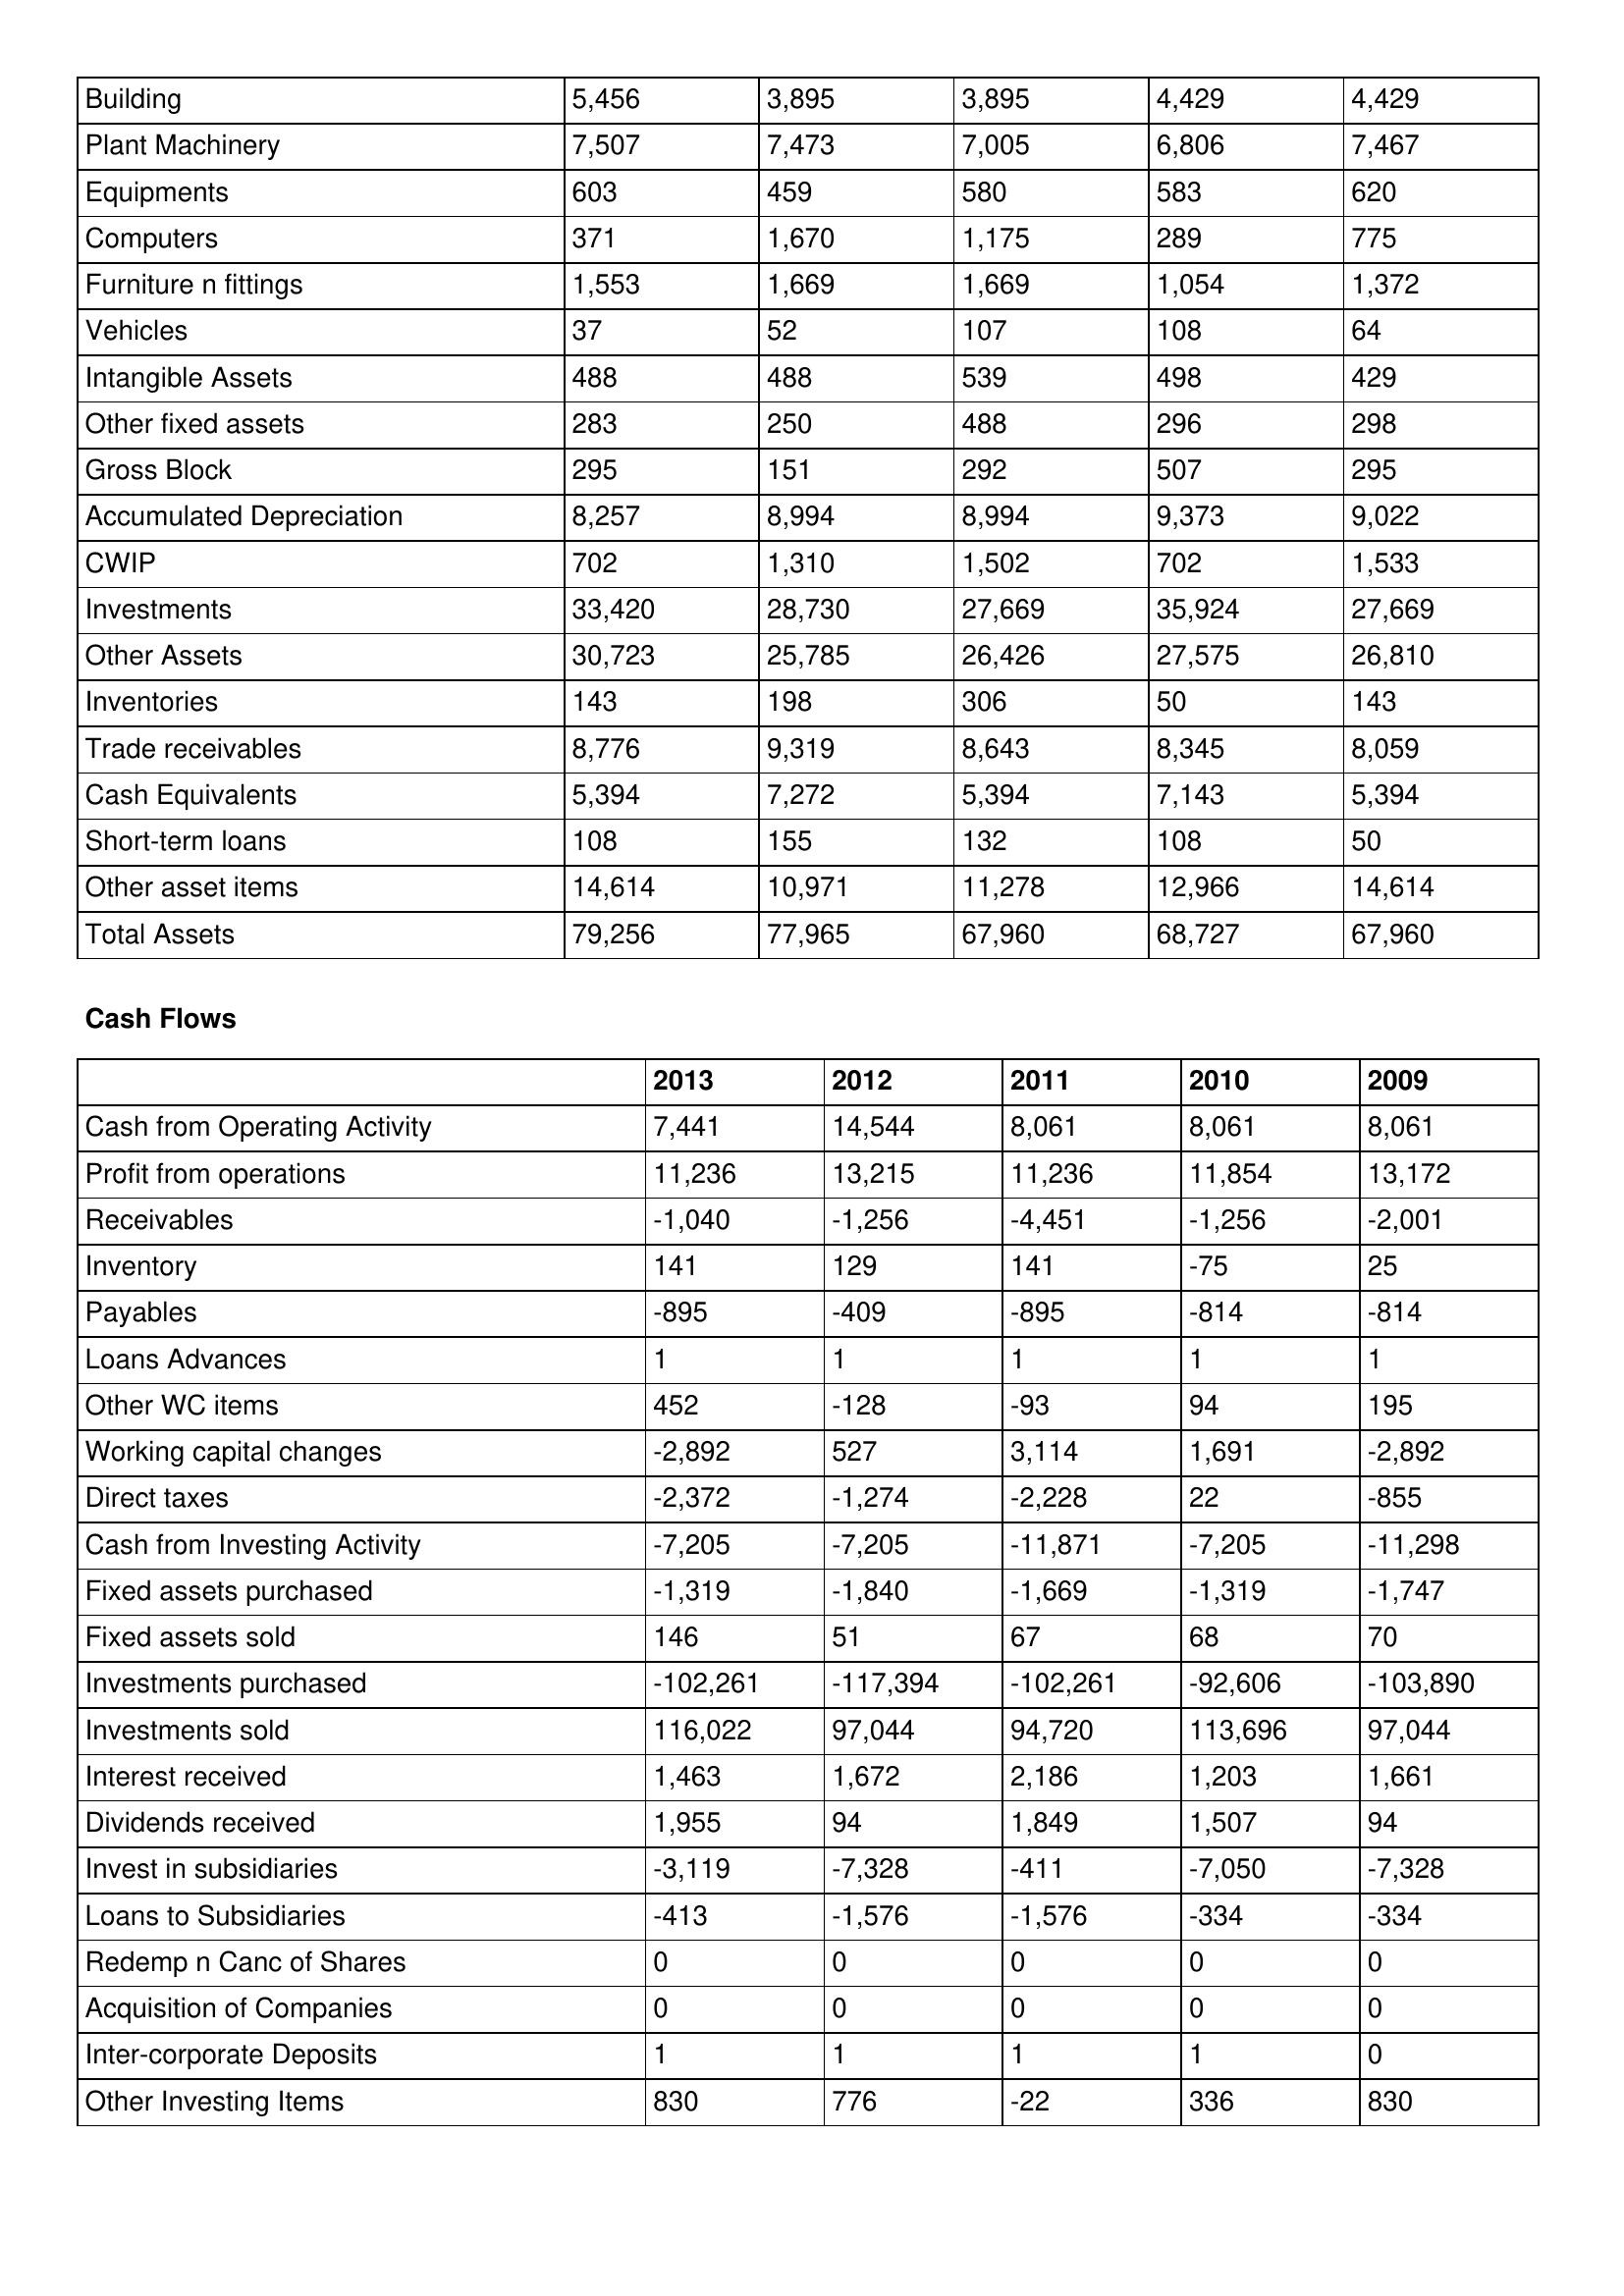
gt_parse: 2013: Balance Sheet: Building: 5,456
Plant Machinery: 7,507
Equipments: 603
Computers: 371
Furniture n fittings: 1,553
Vehicles: 37
Intangible Assets: 488
Other fixed assets: 283
Gross Block: 295
Accumulated Depreciation: 8,257
CWIP: 702
Investments: 33,420
Other Assets: 30,723
Inventories: 143
Trade receivables: 8,776
Cash Equivalents: 5,394
Short-term loans: 108
Other asset items: 14,614
Total Assets: 79,256
Cash Flows: Cash from Operating Activity: 7,441
Profit from operations: 11,236
Receivables: -1,040
Inventory: 141
Payables: -895
Loans Advances: 1
Other WC items: 452
Working capital changes: -2,892
Direct taxes: -2,372
Cash from Investing Activity: -7,205
Fixed assets purchased: -1,319
Fixed assets sold: 146
Investments purchased: -102,261
Investments sold: 116,022
Interest received: 1,463
Dividends received: 1,955
Invest in subsidiaries: -3,119
Loans to Subsidiaries: -413
Redemp n Canc of Shares: 0
Acquisition of Companies: 0
Inter-corporate Deposits: 1
Other Investing Items: 830
2012: Balance Sheet: Building: 3,895
Plant Machinery: 7,473
Equipments: 459
Computers: 1,670
Furniture n fittings: 1,669
Vehicles: 52
Intangible Assets: 488
Other fixed assets: 250
Gross Block: 151
Accumulated Depreciation: 8,994
CWIP: 1,310
Investments: 28,730
Other Assets: 25,785
Inventories: 198
Trade receivables: 9,319
Cash Equivalents: 7,272
Short-term loans: 155
Other asset items: 10,971
Total Assets: 77,965
Cash Flows: Cash from Operating Activity: 14,544
Profit from operations: 13,215
Receivables: -1,256
Inventory: 129
Payables: -409
Loans Advances: 1
Other WC items: -128
Working capital changes: 527
Direct taxes: -1,274
Cash from Investing Activity: -7,205
Fixed assets purchased: -1,840
Fixed assets sold: 51
Investments purchased: -117,394
Investments sold: 97,044
Interest received: 1,672
Dividends received: 94
Invest in subsidiaries: -7,328
Loans to Subsidiaries: -1,576
Redemp n Canc of Shares: 0
Acquisition of Companies: 0
Inter-corporate Deposits: 1
Other Investing Items: 776
2011: Balance Sheet: Building: 3,895
Plant Machinery: 7,005
Equipments: 580
Computers: 1,175
Furniture n fittings: 1,669
Vehicles: 107
Intangible Assets: 539
Other fixed assets: 488
Gross Block: 292
Accumulated Depreciation: 8,994
CWIP: 1,502
Investments: 27,669
Other Assets: 26,426
Inventories: 306
Trade receivables: 8,643
Cash Equivalents: 5,394
Short-term loans: 132
Other asset items: 11,278
Total Assets: 67,960
Cash Flows: Cash from Operating Activity: 8,061
Profit from operations: 11,236
Receivables: -4,451
Inventory: 141
Payables: -895
Loans Advances: 1
Other WC items: -93
Working capital changes: 3,114
Direct taxes: -2,228
Cash from Investing Activity: -11,871
Fixed assets purchased: -1,669
Fixed assets sold: 67
Investments purchased: -102,261
Investments sold: 94,720
Interest received: 2,186
Dividends received: 1,849
Invest in subsidiaries: -411
Loans to Subsidiaries: -1,576
Redemp n Canc of Shares: 0
Acquisition of Companies: 0
Inter-corporate Deposits: 1
Other Investing Items: -22
2010: Balance Sheet: Building: 4,429
Plant Machinery: 6,806
Equipments: 583
Computers: 289
Furniture n fittings: 1,054
Vehicles: 108
Intangible Assets: 498
Other fixed assets: 296
Gross Block: 507
Accumulated Depreciation: 9,373
CWIP: 702
Investments: 35,924
Other Assets: 27,575
Inventories: 50
Trade receivables: 8,345
Cash Equivalents: 7,143
Short-term loans: 108
Other asset items: 12,966
Total Assets: 68,727
Cash Flows: Cash from Operating Activity: 8,061
Profit from operations: 11,854
Receivables: -1,256
Inventory: -75
Payables: -814
Loans Advances: 1
Other WC items: 94
Working capital changes: 1,691
Direct taxes: 22
Cash from Investing Activity: -7,205
Fixed assets purchased: -1,319
Fixed assets sold: 68
Investments purchased: -92,606
Investments sold: 113,696
Interest received: 1,203
Dividends received: 1,507
Invest in subsidiaries: -7,050
Loans to Subsidiaries: -334
Redemp n Canc of Shares: 0
Acquisition of Companies: 0
Inter-corporate Deposits: 1
Other Investing Items: 336
2009: Balance Sheet: Building: 4,429
Plant Machinery: 7,467
Equipments: 620
Computers: 775
Furniture n fittings: 1,372
Vehicles: 64
Intangible Assets: 429
Other fixed assets: 298
Gross Block: 295
Accumulated Depreciation: 9,022
CWIP: 1,533
Investments: 27,669
Other Assets: 26,810
Inventories: 143
Trade receivables: 8,059
Cash Equivalents: 5,394
Short-term loans: 50
Other asset items: 14,614
Total Assets: 67,960
Cash Flows: Cash from Operating Activity: 8,061
Profit from operations: 13,172
Receivables: -2,001
Inventory: 25
Payables: -814
Loans Advances: 1
Other WC items: 195
Working capital changes: -2,892
Direct taxes: -855
Cash from Investing Activity: -11,298
Fixed assets purchased: -1,747
Fixed assets sold: 70
Investments purchased: -103,890
Investments sold: 97,044
Interest received: 1,661
Dividends received: 94
Invest in subsidiaries: -7,328
Loans to Subsidiaries: -334
Redemp n Canc of Shares: 0
Acquisition of Companies: 0
Inter-corporate Deposits: 0
Other Investing Items: 830